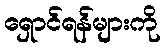
ရှောင်ရန်များကို